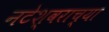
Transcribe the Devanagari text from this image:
नटेश्वराच्या